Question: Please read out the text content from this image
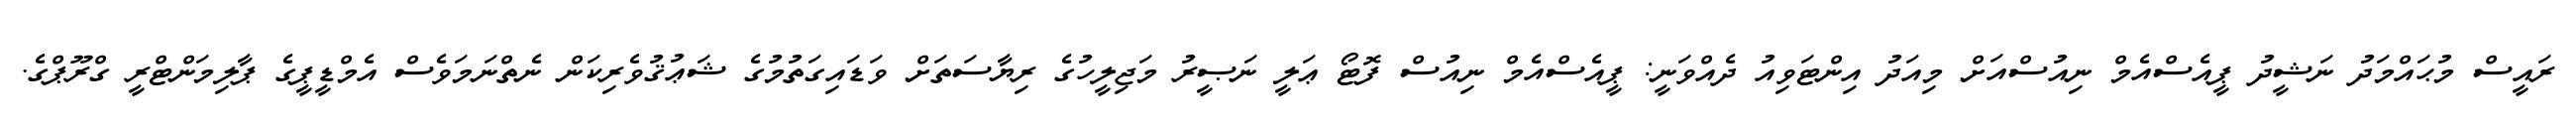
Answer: ރައީސް މުޙައްމަދު ނަޝީދު ޕީއެސްއެމް ނިއުސްއަށް މިއަދު އިންޓަވިއު ދެއްވަނީ: ޕީއެސްއެމް ނިއުސް ފޮޓޯ ޢަލީ ނަޞީރު މަޖިލީހުގެ ރިޔާސަތަށް ވަޑައިގަތުމުގެ ޝަޢުޤުވެރިކަން ނެތްނަމަވެސް އެމްޑީޕީގެ ޕާލިމަންޓްރީ ގްރޫޕްގެ.